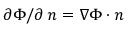
{ \partial \Phi } / { \partial \, n } = \nabla \Phi \cdot \boldsymbol { n }